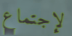
لإجتماع